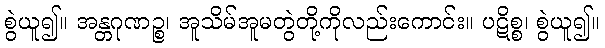
စွဲယူ၍။ အန္တဂုဏဉ္စ၊ အူသိမ်အူမတွဲတို့ကိုလည်းကောင်း။ ပဋိစ္စ၊ စွဲယူ၍။